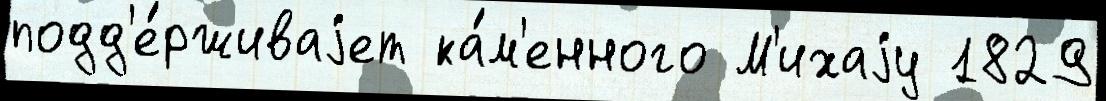
подд'е́рживаjет ка́м'енного М'ихаjу 1829